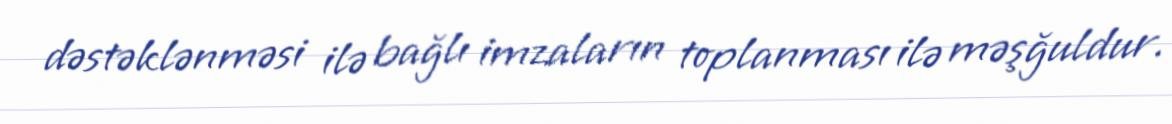
dəstəklənməsi ilə bağlı imzaların toplanması ilə məşğuldur.